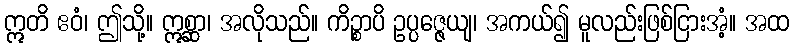
ဣတိ ဧဝံ၊ ဤသို့။ ဣစ္ဆာ၊ အလိုသည်။ ကိဉ္စာပိ ဥပ္ပဇ္ဇေယျ၊ အကယ်၍ မူလည်းဖြစ်ငြားအံ့။ အထ